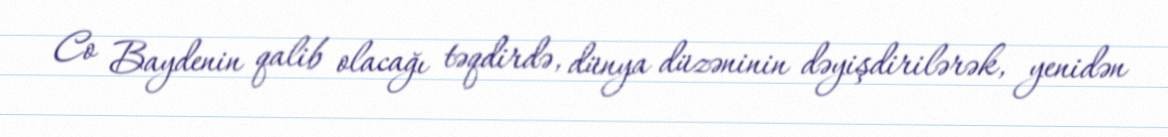
Co Baydenin qalib olacağı təqdirdə, dünya düzəninin dəyişdirilərək, yenidən